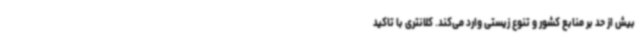
بیش از حد بر منابع کشور و تنوع زیستی وارد می‌کند. کلانتری با تاکید